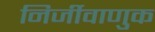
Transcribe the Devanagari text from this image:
निर्जीवाणुक